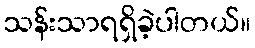
သန်းသာရရှိခဲ့ပါတယ်။